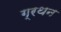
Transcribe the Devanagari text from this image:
ग्रथन